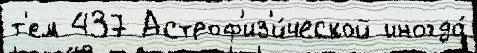
т'ем 437 Астроф'из'и́ческой иногда́